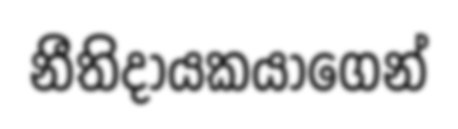
නීතිදායකයාගෙන්